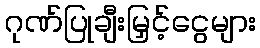
ဂုဏ်ပြုချီးမြှင့်ငွေများ